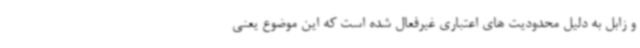
و زابل به دلیل محدودیت های اعتباری غیرفعال شده است که این موضوع یعنی